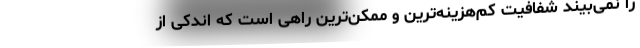
را نمی‌بیند شفافیت کم‌هزینه‌ترین و ممکن‌ترین راهی است که اندکی از